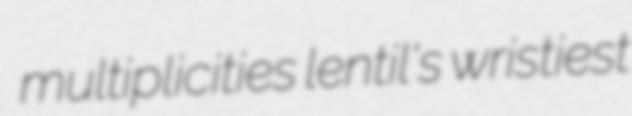
multiplicities lentil's wristiest